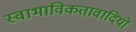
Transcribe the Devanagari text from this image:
स्वाभाविकतावादियों